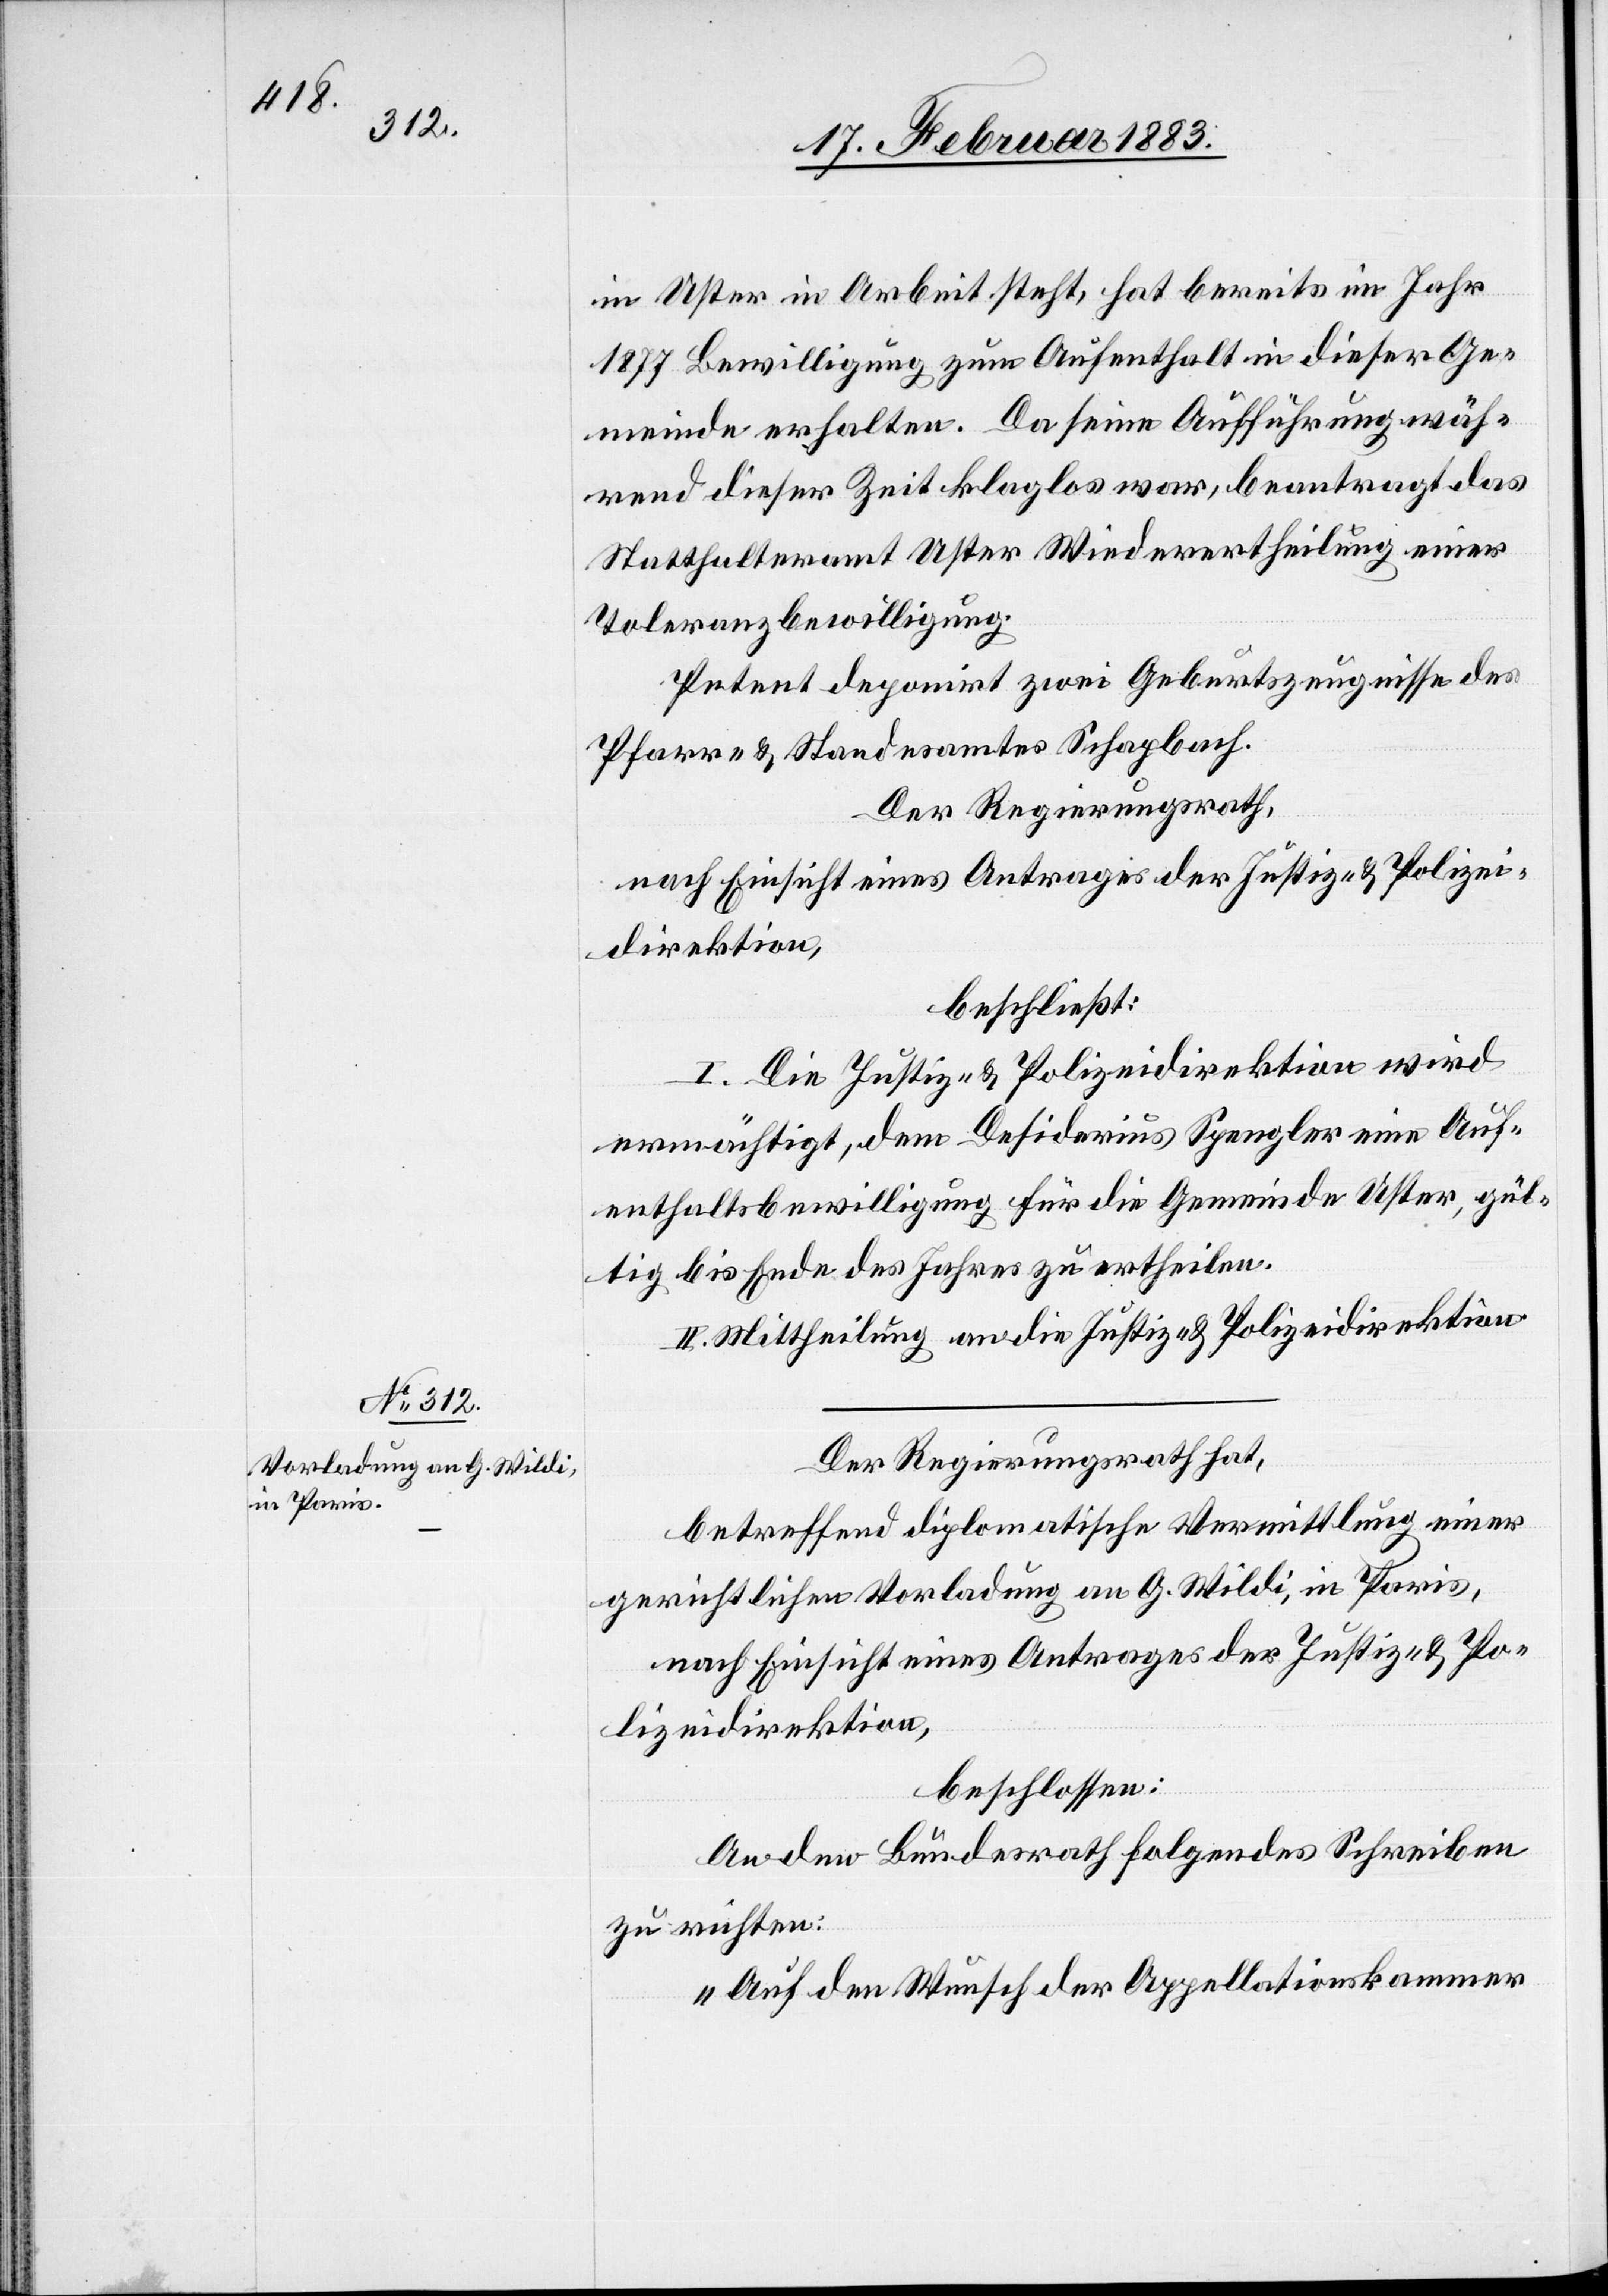
in Uster in Arbeit steht, hat bereits im Jahr
1877 Bewilligung zum Aufenthalt in dieser Ge¬
meinde erhalten. Da seine Aufführung wäh¬
rend dieser Zeit klaglos war, beantragt das
Statthalteramt Uster Wiederertheilung einer
Toleranzbewilligung.
Petent deponirt zwei Geburtszeugnisse des
Pfarr- & Standesamtes Schlapbach.
Der Regierungsrath,
nach Einsicht eines Antrages der Justiz- & Polizei¬
direktion,
beschließt:
I. Die Justiz- & Polizeidirektion wird
ermächtigt, dem Desiderius Spengler eine Auf¬
enthaltsbewilligung für die Gemeinde Uster, gül¬
tig bis Ende des Jahres zu ertheilen.
II. Mittheilung an die Justiz- & Polizeidirektion.
Der Regierungsrath hat,
betreffend diplomatische Vermittlung einer
gerichtlichen Vorladung an G. Wildi, in Paris,
beschlossen:
An den Bundesrath folgendes Schreiben
zu richten:
„Auf den Wunsch der Appellationskammer